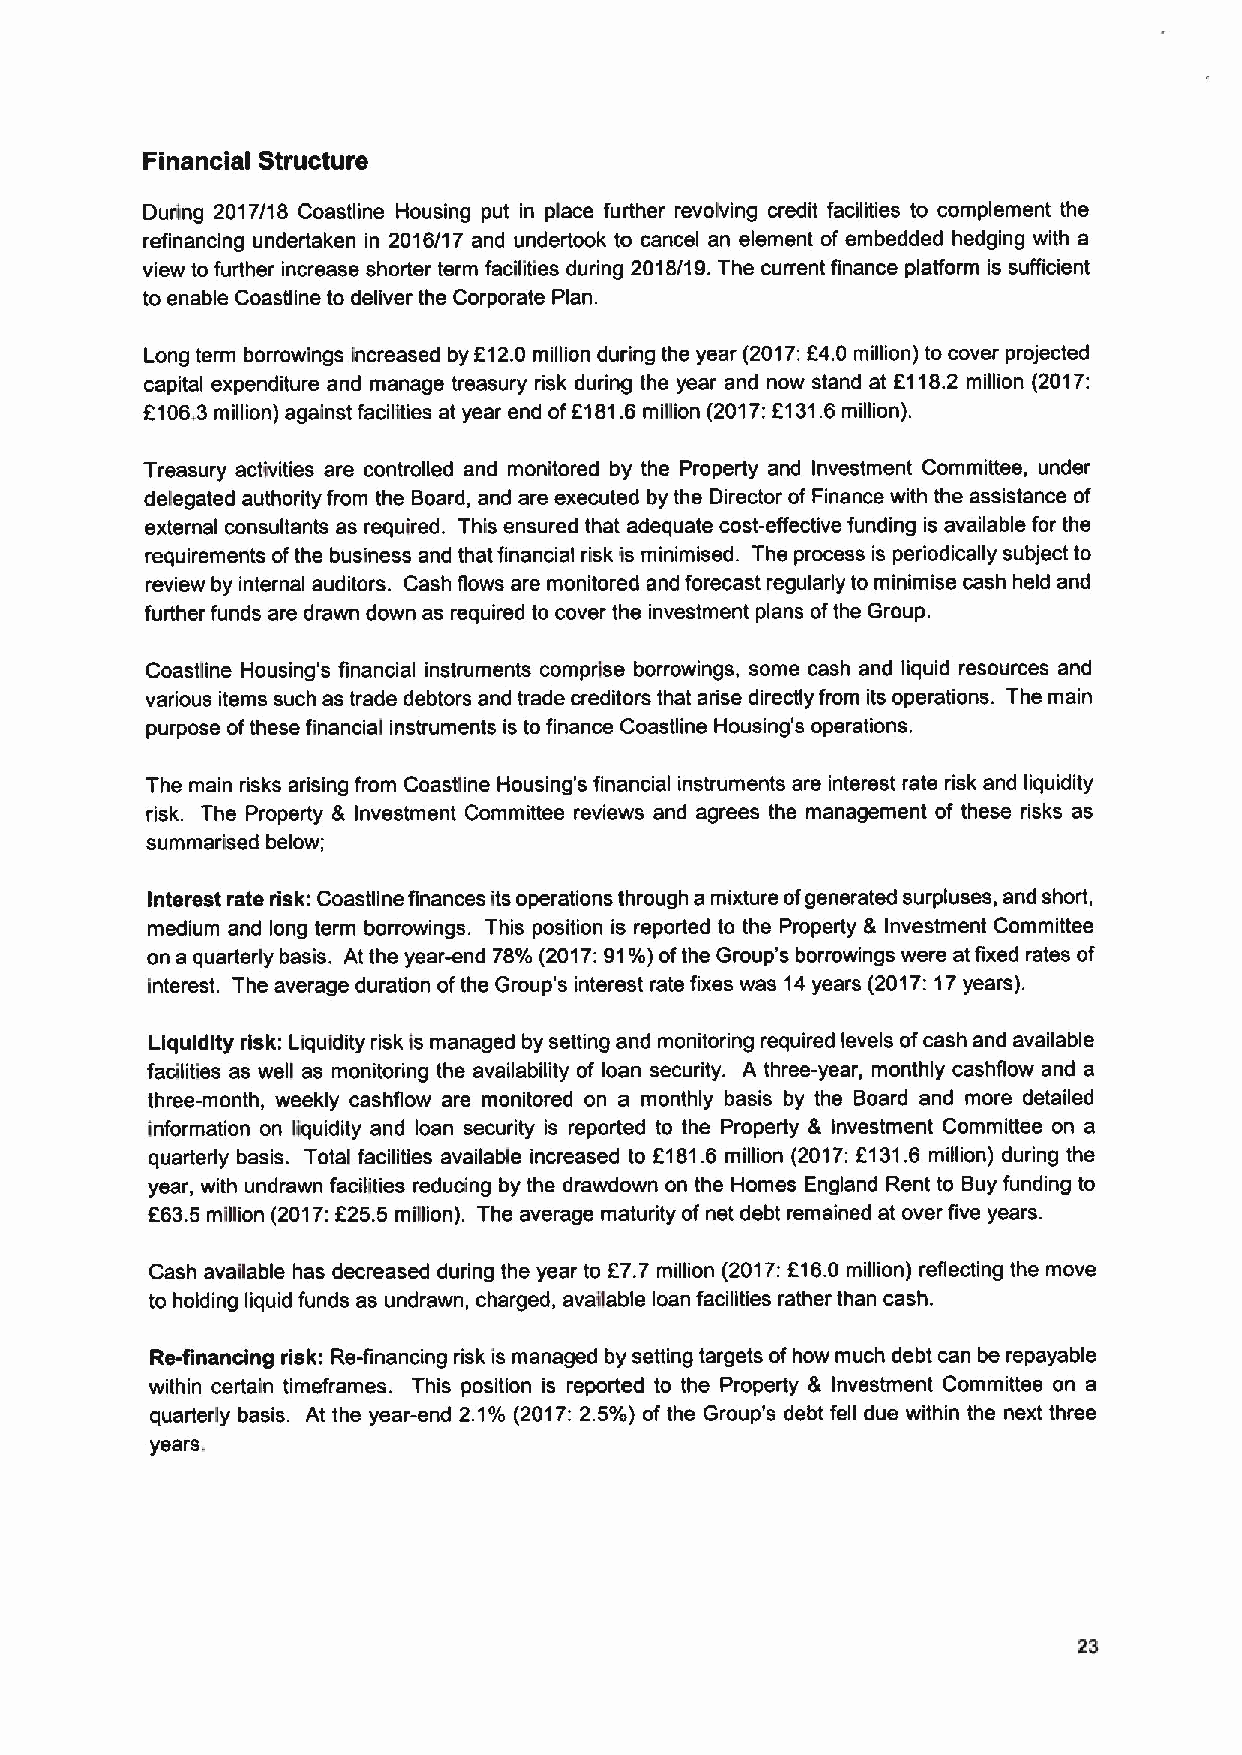
Financial Structure
 During 2017/18 Coastline Housing put in place further revolving credit facilities to complement the
 refinancing undertaken in 2016/17 and undertook to cancel an element of embedded hedging with a
 view to further increase shorter term facilities during 2018/19. The current finance plafform is sufficient
 to enable Coastline to deliver the Corporate Plan.
 Long term borrowings increased by F12.0 million during the year (2017:F4.0 million) to cover projected
 capital expenditure and manage treasury risk during the year and now stand at E118.2 million (2017:
 6106,3million) against facilities at year end of6181.6 million (2017:K13L6million).
 Treasury activities are controlled and monitored by the Property and Investment Committee, under
 delegated authority from the Board, and are executed by the Director of Finance with the assistance of
 external consultants as required. This ensured that adequate cost-effective funding is available for the
 requirements ofthe business and that financial risk is minimised. The process is periodically subject to
 review by internal auditors. Cash flows are monitored and forecast regularly to minimise cash held and
 further funds are drawn down as required to cover the investment plans ofthe Group.
 Coastline Housing's financial instruments comprise borrowings, some cash and liquid resources and
 various items such as trade debtors and trade creditors that arise directly from its operations. The main
 purpose ofthese financial instruments is to finance Coastline Housing's operations.
 The main risks arising from Coastline Housing's financial instruments are interest rate risk and liquidity
 risk. The Property & Investment Committee reviews and agrees the management of these risks as
 summarised below;
 Interest rate risk: Coastline finances its operations through a mixture ofgenerated surpluses, and short,
 medium and long term borrowings. This position is reported to the Property & Investment Committee
 on a quarterly basis. At the year-end 78'/0 (2017:91'/0) ofthe Group's borrowings were at fixed rates of
 interest. The average duration ofthe Group's interest rate fixes was 14years (2017:17years).
 Liquidity risk: Liquidity risk Is managed by setting and monitoring required levels ofcash and available
 facilities as well as monitoring the availability of loan security. A three-year, monthly cashflow and a
 three-month, weekly cashflow are monitored on a monthly basis by the Board and more detailed
 information on liquidity and loan security is reported to the Property & Investment Committee on a
 quarterly basis. Total facilities available increased to K181.6 million (2017:f131.6 million) during the
 year, with undrawn facilities reducing by the drawdown on the Homes England Rent to Buy funding to
 F63.5 million (2017:F25.5 million). The average maturity of net debt remained at over five years.
 Cash available has decreased during the year to f7.7 million (2017:516.0 million) reflecting the move
 to holding liquid funds as undrawn, charged, available loan facilities rather than cash.
 Re-financing risk: Re-financing risk is managed by setting targets ofhow much debt can be repayable
 within certain timeframes. This position is reported to the Property & Investment Committee on a
 quarterly basis. At the year-end 2.1'/0 (2017:2.5'k) of the Group's debt fell due within the next three
 years.